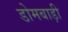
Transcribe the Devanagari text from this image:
डोमबाड़ी